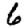
Digit: 6